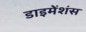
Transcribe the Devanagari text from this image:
डाइमेंशंस